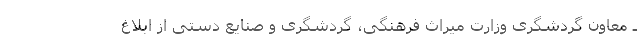
ـ معاون گردشگری وزارت میراث فرهنگی، گردشگری و صنایع دستی از ابلاغ